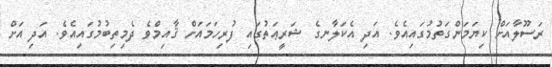
ރަސޫލާއަށް ކިޔަމަންގަތުމުގައިއެވެ. އަދި އެކަލާނގެ ޝަރީޢަތުގައި ފުރިހަމައަށް ޤާއިމްވެ ދެމިތިބުމުގައިއެވެ. އަދި އަށް